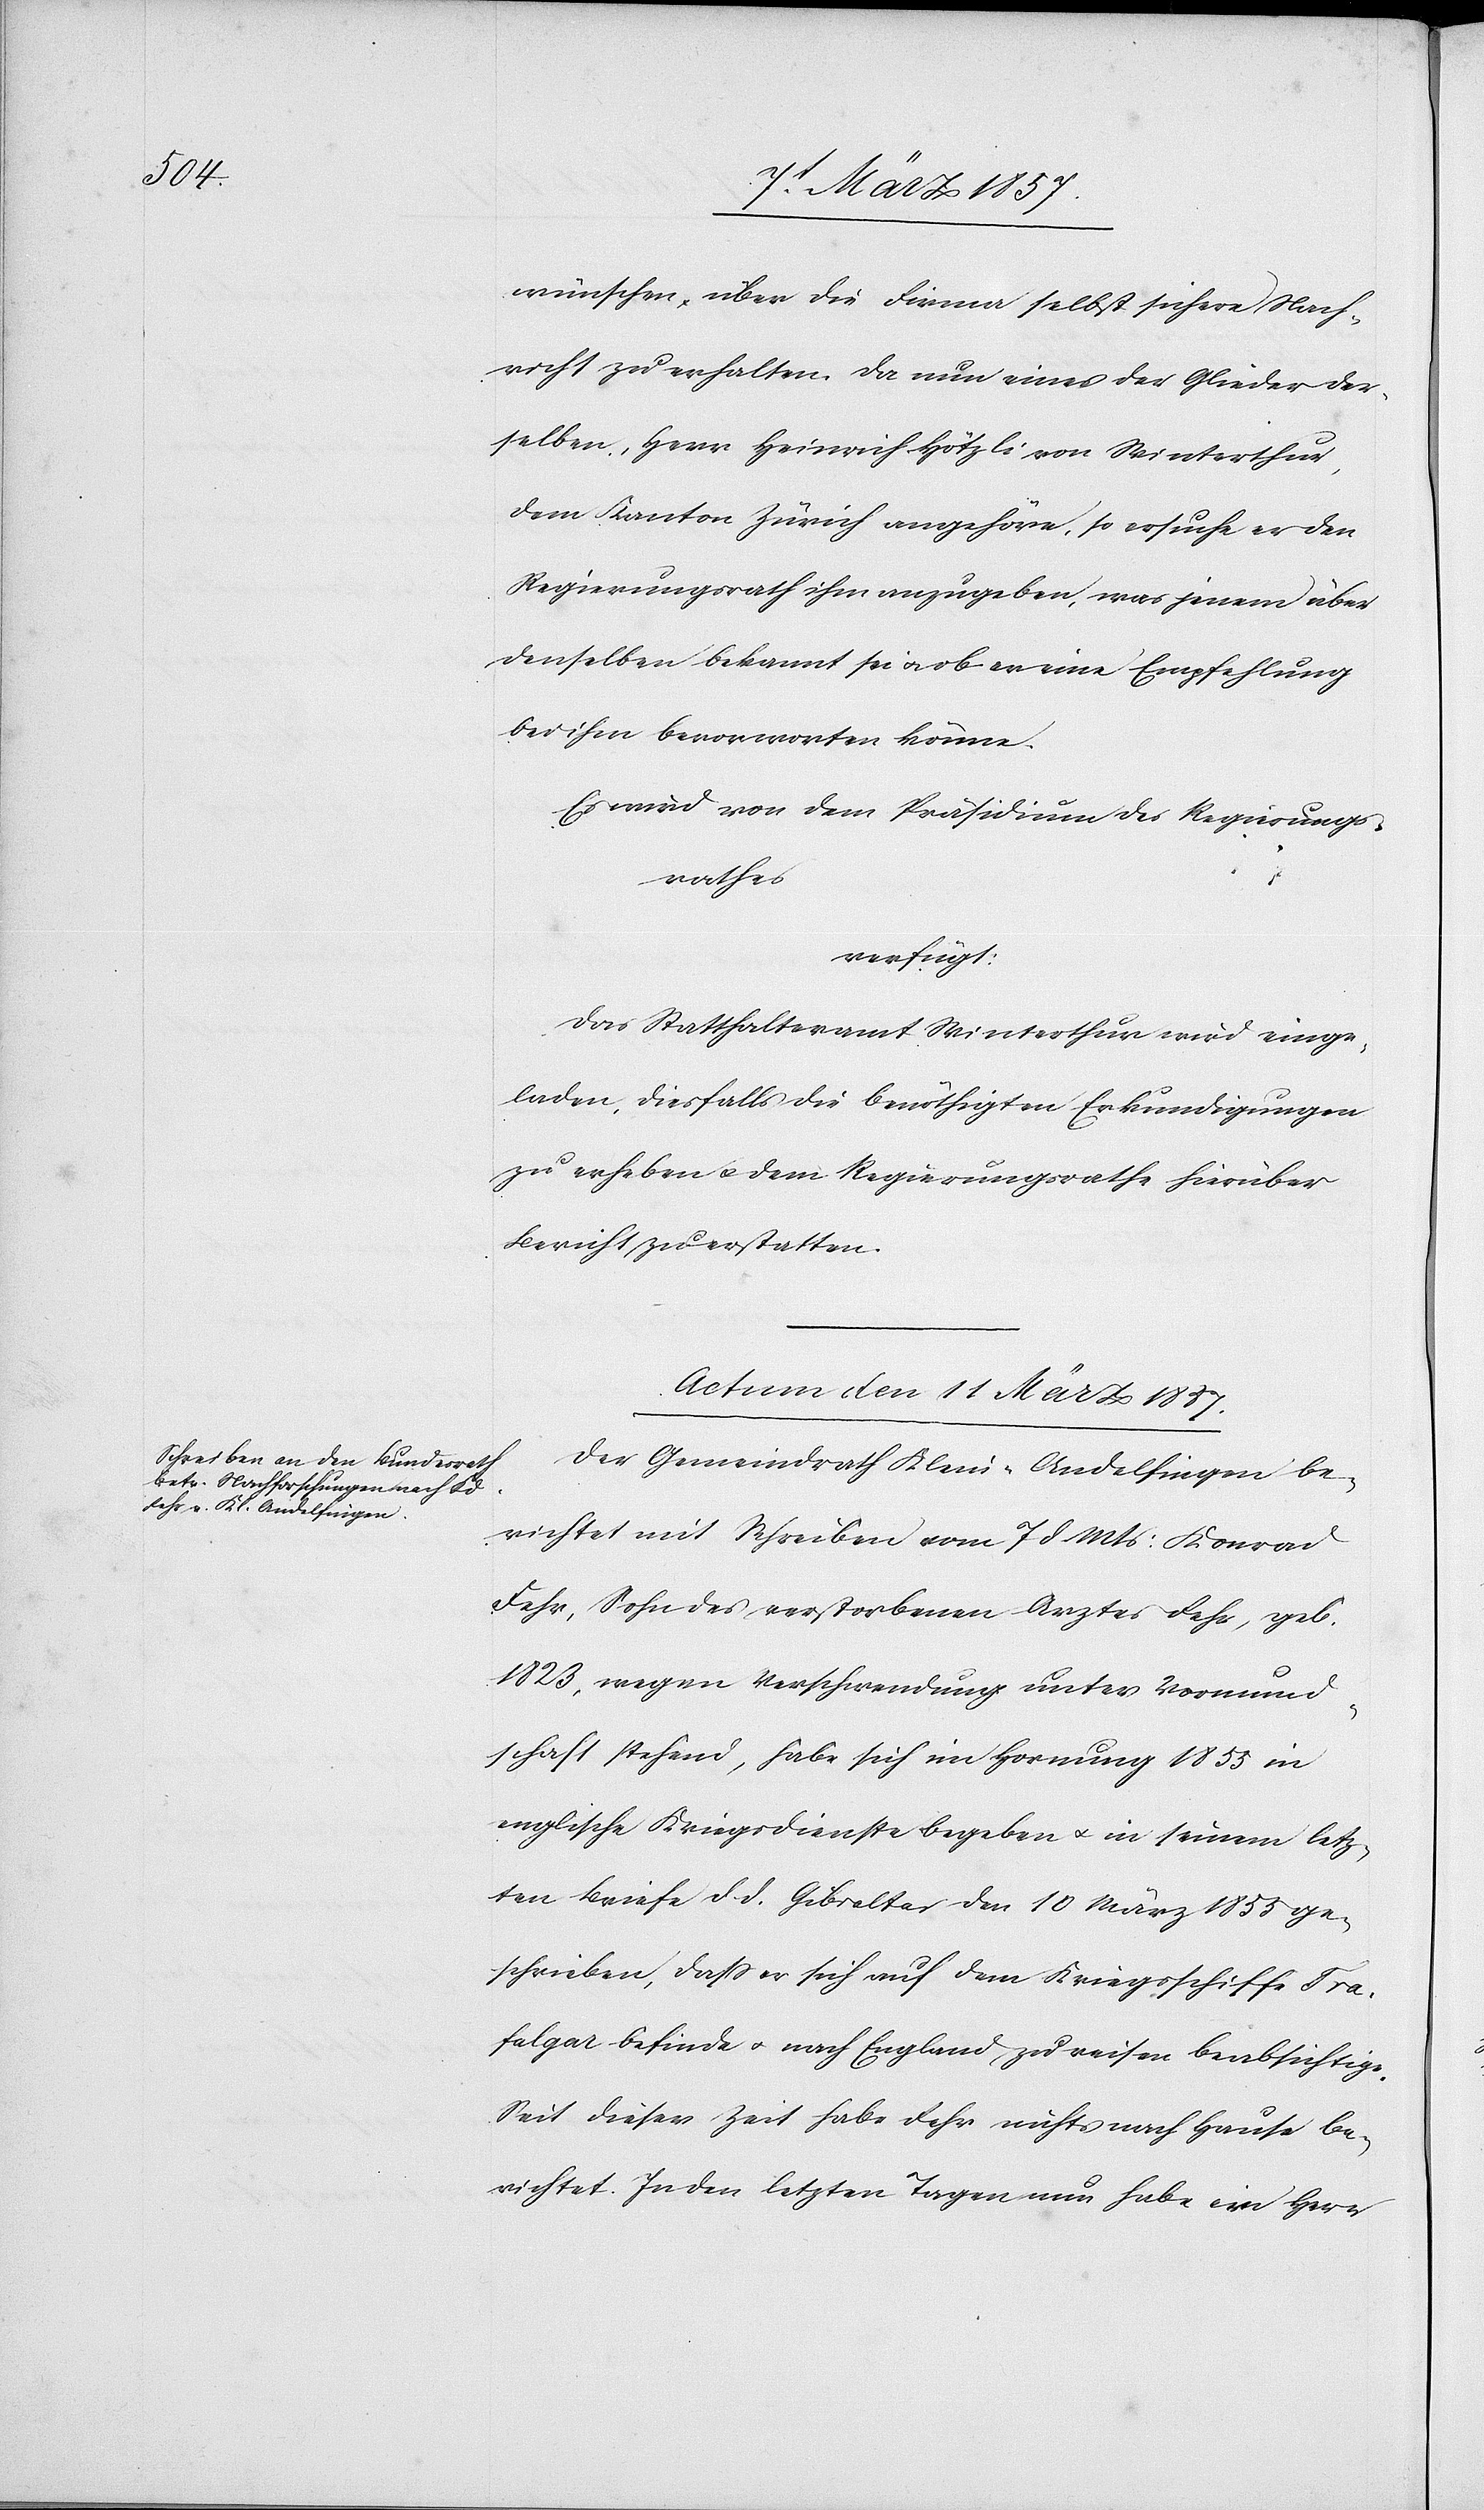
wünschen, über die Firma selbst sichere Nach¬
richt zu erhalten. Da nun eines der Glieder der¬
selben, Herr Heinrich Hötzli [recte: Nötzli] von Winterthur,
dem Kanton Zürich angehöre, so ersuche er den
Regierungsrath ihm anzugeben, was jenem über
denselben bekannt sei u. ob er eine Empfehlung
bei ihm bevorworten könne.
Es wird von dem Präsidium des Regierungs¬
rathes
verfügt:
Das Statthalteramt Winterthur wird einge¬
laden, diesfalls die benöthigten Erkundigungen
zu erheben u. dem Regierungsrathe hierüber
Bericht zu erstatten.
Actum den 11 März 1857.
Der Gemeindrath Klein-Andelfingen be¬
richtet mit Schreiben vom 7 d Mts: Konrad
Fehr, Sohn des verstorbenen Arztes Fehr, geb.
1823, wegen Verschwendung unter Vormund¬
schaft stehend, habe sich im Hornung 1855 in
englische Kriegsdienste begeben u. in seinem letz¬
ten Briefe d. d. Gibraltar den 10 März 1855 ge¬
schrieben, daß er sich auf dem Kriegsschiffe Tra¬
falgar befinde u. nach England zu reisen beabsichtige.
Seit dieser Zeit habe Fehr nichts nach Hause be¬
richtet. In den letzten Tagen nun habe ein Herr